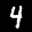
Label: 4